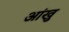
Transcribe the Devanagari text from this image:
आंखु